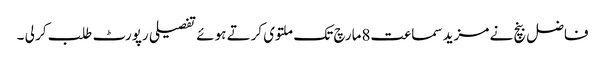
فاضل بنچ نے مزید سماعت8مارچ تک ملتوی کرتے ہوئے تفصیلی رپورٹ طلب کر لی ۔